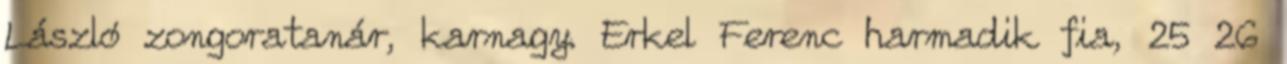
László zongoratanár, karnagy. Erkel Ferenc harmadik fia, 25 26